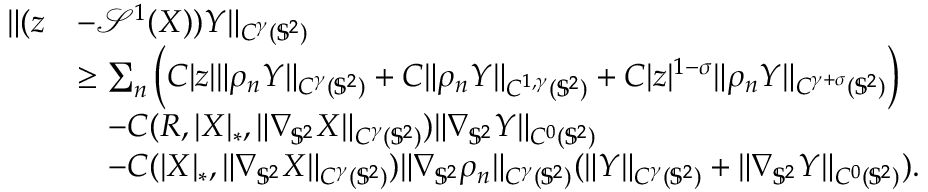
\begin{array} { r l } { \| ( z } & { - \mathcal { S } ^ { 1 } ( \boldsymbol { X } ) ) \boldsymbol { Y } \| _ { C ^ { \gamma } ( \mathbb { S } ^ { 2 } ) } } \\ & { \geq \sum _ { n } \Big ( C | z | \| \rho _ { n } \boldsymbol { Y } \| _ { C ^ { \gamma } ( \mathbb { S } ^ { 2 } ) } + C \| \rho _ { n } \boldsymbol { Y } \| _ { C ^ { 1 , \gamma } ( \mathbb { S } ^ { 2 } ) } + C | z | ^ { 1 - \sigma } \| \rho _ { n } \boldsymbol { Y } \| _ { C ^ { \gamma + \sigma } ( \mathbb { S } ^ { 2 } ) } \Big ) } \\ & { \quad - C ( R , | \boldsymbol { X } | _ { * } , \| \nabla _ { \mathbb { S } ^ { 2 } } \boldsymbol { X } \| _ { C ^ { \gamma } ( { \mathbb { S } ^ { 2 } } ) } ) \| \nabla _ { \mathbb { S } ^ { 2 } } \boldsymbol { Y } \| _ { C ^ { 0 } ( \mathbb { S } ^ { 2 } ) } } \\ & { \quad - C ( | \boldsymbol { X } | _ { * } , \| \nabla _ { \mathbb { S } ^ { 2 } } \boldsymbol { X } \| _ { C ^ { \gamma } ( \mathbb { S } ^ { 2 } ) } ) \| \nabla _ { \mathbb { S } ^ { 2 } } \rho _ { n } \| _ { C ^ { \gamma } ( \mathbb { S } ^ { 2 } ) } ( \| \boldsymbol { Y } \| _ { C ^ { \gamma } ( \mathbb { S } ^ { 2 } ) } + \| \nabla _ { \mathbb { S } ^ { 2 } } \boldsymbol { Y } \| _ { C ^ { 0 } ( \mathbb { S } ^ { 2 } ) } ) . } \end{array}